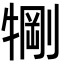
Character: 𬌧